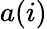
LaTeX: a(i)